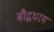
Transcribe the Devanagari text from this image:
बौद्धधरम